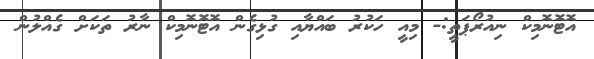
އޮޓޮނޮމިކް ނިއުރޯޕަތީ:- މިއީ ހަކުރު ބައްޔާއި ގުޅިގެން އޮޓޮނޮމިކް ނާރު ތަކަށް ގެއްލުން